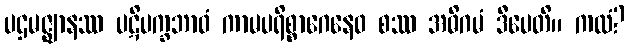
ပဌမဇ္ဈာနဿ ပဋိပက္ခဘာဝံ ကာမပရိစ္စာဂေနေဝ စဿ အဓိဂမံ ဒီပေတိ။ ကထံ?